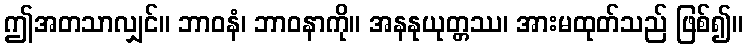
ဤအတသာလျှင်။ ဘာဝနံ၊ ဘာဝနာကို။ အနနုယုတ္တဿ၊ အားမထုတ်သည် ဖြစ်၍။